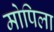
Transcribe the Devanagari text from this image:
मोपिला